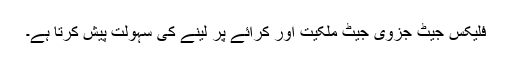
فلیکس جیٹ جزوی جیٹ ملکیت اور کرائے پر لینے کی سہولت پیش کرتا ہے۔